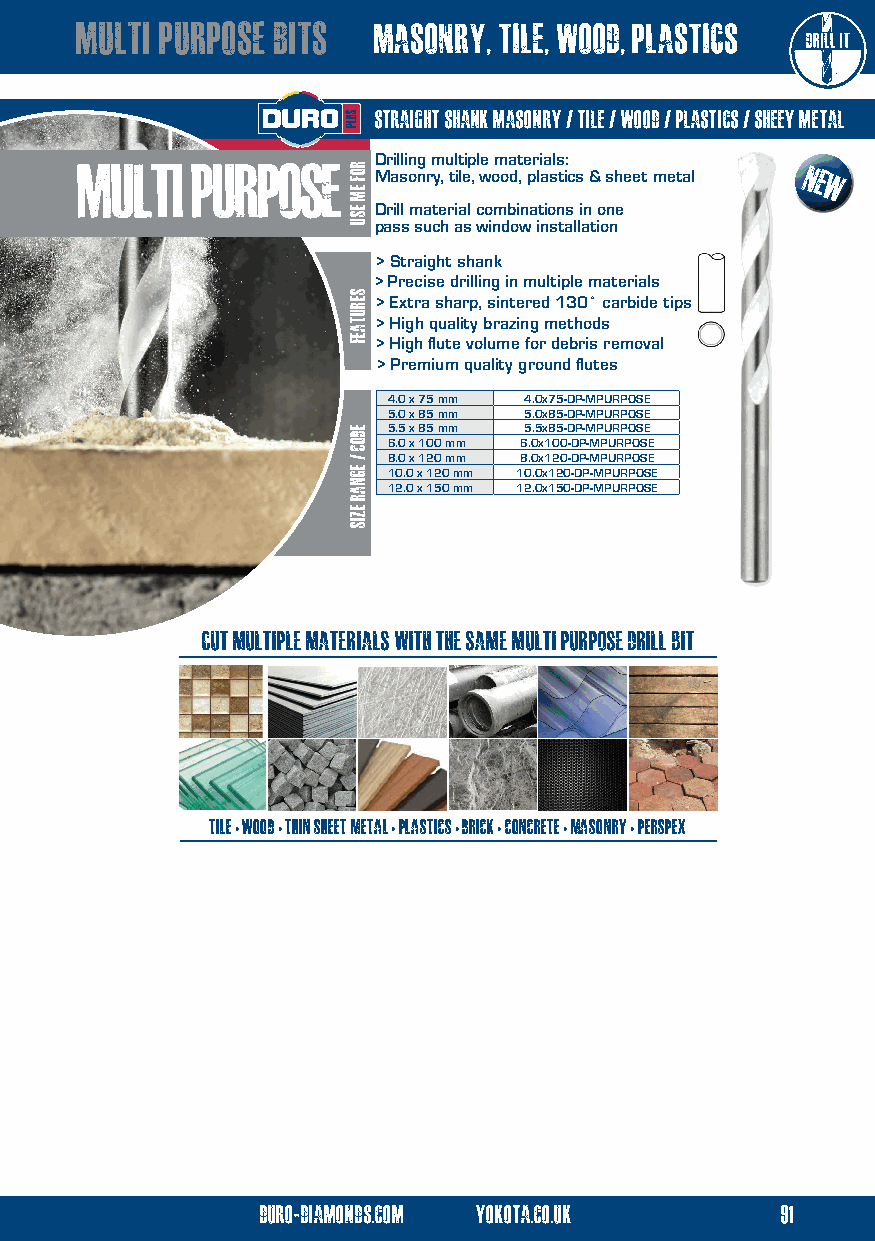
multi purpose bits  masonry, tile, wood, plastics
 straight shank masonry / tile / wood / plastics / sheey metal
 multi   purpose     Drilling multiple materials:
 Masonry, tile, wood, plastics & sheet metal NE W
 Drill material combinations in one
 pass such as window installation
 > Straight shank
 > Precise drilling in multiple materials
 > Extra sharp, sintered 130˚ carbide tips
 > High quality brazing methods
 > High flute volume for debris removal
 > Premium quality ground flutes
 4.0 x 75 mm 4.0x75-DP-MPURPOSE
 5.0 x 85 mm 5.0x85-DP-MPURPOSE
 5.5 x 85 mm 5.5x85-DP-MPURPOSE
 6.0 x 100 mm 6.0x100-DP-MPURPOSE
 8.0 x 120 mm 8.0x120-DP-MPURPOSE
 10.0 x 120 mm 10.0x120-DP-MPURPOSE
 12.0 x 150 mm 12.0x150-DP-MPURPOSE
 cut multiple materials with the same multi purpose drill bit
 tile•wood•thin sheet metal•plastics•brick•concrete•masonry•perspex
 duro-diamonds.com yokota.co.uk     91
 ROF
 EM
 ESU
 serutaef
 eDOC
 /
 egnar
 ezis